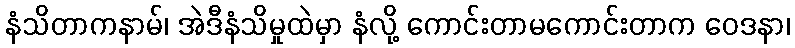
နံသိတာကနာမ်၊ အဲဒီနံသိမှုထဲမှာ နံလို့ ကောင်းတာမကောင်းတာက ဝေဒနာ၊